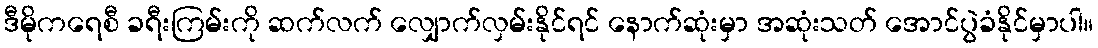
ဒီမိုကရေစီ ခရီးကြမ်းကို ဆက်လက် လျှောက်လှမ်းနိုင်ရင် နောက်ဆုံးမှာ အဆုံးသတ် အောင်ပွဲခံနိုင်မှာပါ။